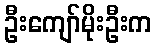
ဦးကျော်မိုးဦးက